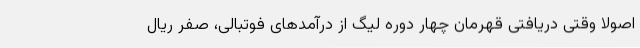
اصولا وقتی دریافتی قهرمان چهار دوره لیگ از درآمدهای فوتبالی، صفر ریال